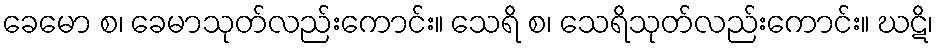
ခေမော စ၊ ခေမာသုတ်လည်းကောင်း။ သေရိ စ၊ သေရိသုတ်လည်းကောင်း။ ဃဋိ၊